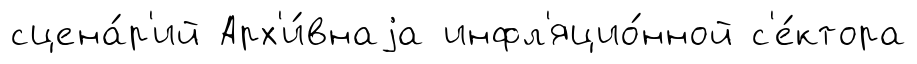
сцена́р'ий Арх'и́внаjа инфл'яцио́нной с'е́ктора